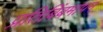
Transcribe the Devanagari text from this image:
प्रतिबिंबमापन